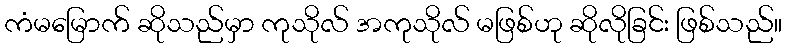
ကံမမြောက် ဆိုသည်မှာ ကုသိုလ် အကုသိုလ် မဖြစ်ဟု ဆိုလိုခြင်း ဖြစ်သည်။